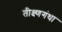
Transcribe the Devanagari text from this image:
तीक्ष्णगंधा